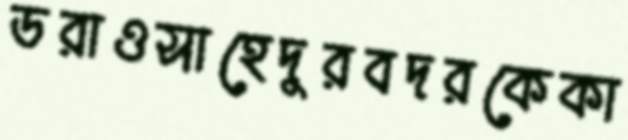
ডরাওসাহেদুরবদরকেকা